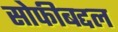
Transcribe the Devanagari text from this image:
सोफीबद्दल